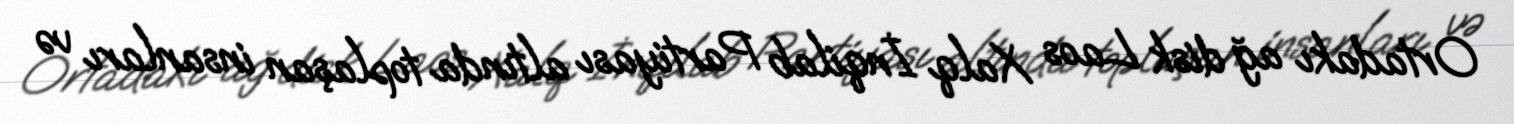
Ortadakı ağ disk Laos Xalq İnqilab Partiyası altında toplaşan insanları və